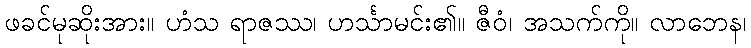
ဖခင်မုဆိုးအား။ ဟံသ ရာဇဿ၊ ဟင်္သာမင်း၏။ ဇီဝံ၊ အသက်ကို။ လာဘေန၊